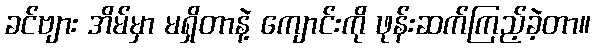
ခင်ဗျား အိမ်မှာ မရှိတာနဲ့ ကျောင်းကို ဖုန်းဆက်ကြည့်ခဲ့တာ။